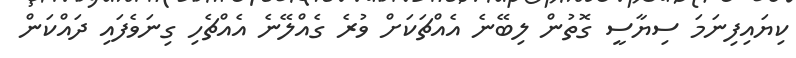
ކިޔައިފިނަމަ ސިޔާސީ ގޮތުން ލިބޭނެ އެއްޗަކަށް ވުރެ ގެއްލޭނެ އެއްޗެހި ގިނަވެފައި ދައްކަން